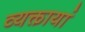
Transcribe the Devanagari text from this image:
व्यक्तायां